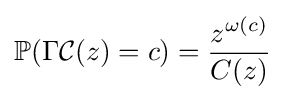
\mathbb {P} (\Gamma {\mathcal {C}}(z)=c)={\dfrac {z^{\omega (c)}}{C(z)}}